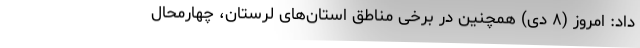
داد: امروز (۸ دی) همچنین در برخی مناطق استان‌های لرستان، چهارمحال